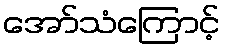
အော်သံကြောင့်